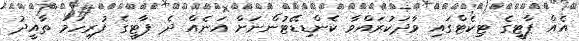
އެއް ޕާޓީގެ ޓިކެޓްގައި ވާދަކުރައްވާ ކެންޑިޑޭޓުންނަށް އަނެއް ދެ ޕާޓީގެ ފުރިހަމަ ތާއީދު